Cholera in southern India
Disease focus: Cholera
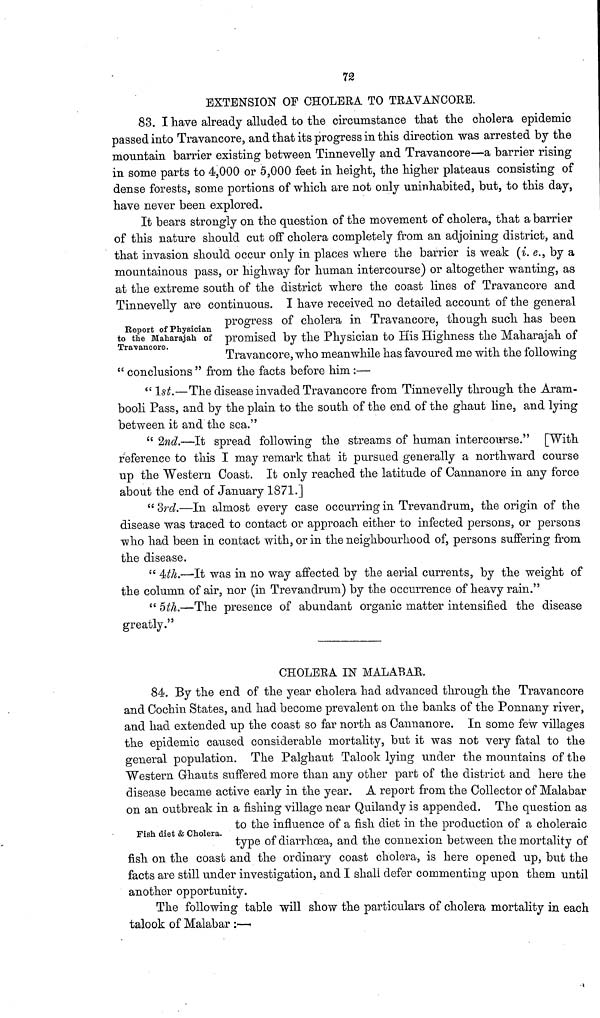
72
EXTENSION OF CHOLERA TO TRAVANCORE.
83. I have already alluded to the circumstance that the cholera epidemic
passed into Travancore, and that its progress in this direction was arrested by the
mountain "barrier existing between Tinnevelly and Travancore—a barrier rising
in some parts to 4,000 or 5,000 feet in height, the higher plateaus consisting of
dense forests, some portions of which are not only uninhabited, but, to this day,
have never been explored.
It bears strongly on the question of the movement of cholera, that a barrier
of this nature should cut off cholera completely from an adjoining district, and
that invasion should occur only in places where the barrier is weak (i. e., by a
mountainous pass, or highway for human intercourse) or altogether wanting, as
at the extreme south of the district where the coast lines of Travancore and
Tinnevelly are continuous. I have received no detailed account of the general
Report of Physician
to the Maharajah of
Travancore.
progress of cholera in Travancore, though such has been
promised by the Physician to His Highness the Maharajah of
Travancore, who meanwhile has favoured me with the following
" conclusions " from the facts before him :—
" 1st.—The disease invaded Travancore from Tinnevelly through the Aram-
booli Pass, and by the plain to the south of the end of the ghaut line, and lying
between it and the sea."
" 2nd.—It spread following the streams of human intercourse." [With
reference to this I may remark that it pursued generally a northward course
up the Western Coast. It only reached the latitude of Cannanore in any force
about the end of January 1871.]
"3rd.—In almost every case occurring in Trevandrum, the origin of the
disease was traced to contact or approach either to infected persons, or persons
who had been in contact with, or in the neighbourhood of, persons suffering from
the disease.
" 4th.—It was in no way affected by the aerial currents, by the weight of
the column of air, nor (in Trevandrum) by the occurrence of heavy rain."
" 5th.—The presence of abundant organic matter intensified the disease
greatly."
CHOLERA IN MALABAR.
84. By the end of the year cholera had advanced through the Travancore
and Cochin States, and had become prevalent on the banks of the Ponnany river,
and had extended up the coast so far north as Cannanore. In some few villages
the epidemic caused considerable mortality, but it was not very fatal to the
general population. The Palghaut Talook lying under the mountains of the
Western Ghauts suffered more than any other part of the district and here the
disease became active early in the year. A report from the Collector of Malabar
on an outbreak in a fishing village near Quilandy is appended. The question as
Fish diet & Cholera. to the influence of a fish diet in the production of a choleraic
type of diarrhoea, and the connexion between the mortality of
fish on the coast and the ordinary coast cholera, is here opened up, but the
facts are still under investigation, and I shall defer commenting upon them until
another opportunity.
The following table will show the particulars of cholera mortality in each
talook of Malabar :—.